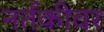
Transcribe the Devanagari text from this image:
नर्तकीवर